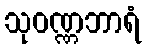
သုဝဏ္ဏဘာရံ